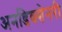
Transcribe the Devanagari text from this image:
अनडिक्शेनरी